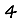
Digit: 4